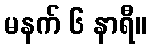
မနက် ၆ နာရီ။